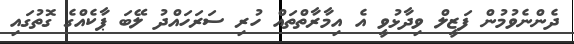
ދެންނެވުމުން ފަޒީލް ވިދާޅުވީ އެ އިމާރާތްތައް ހުރި ސަރަހައްދު ލޭބަ ޕާކެއްގެ ގޮތުގައި